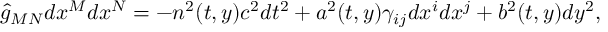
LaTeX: \hat { g } _ { M N } d x ^ { M } d x ^ { N } = - n ^ { 2 } ( t , y ) c ^ { 2 } d t ^ { 2 } + a ^ { 2 } ( t , y ) \gamma _ { i j } d x ^ { i } d x ^ { j } + b ^ { 2 } ( t , y ) d y ^ { 2 } ,